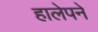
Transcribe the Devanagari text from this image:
हालेपने